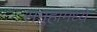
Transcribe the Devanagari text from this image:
समुहामध्ये